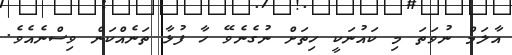
އާލަމް ނުވަތަ މި ކައުނަކީ ހިތަށް ނުގެނެވޭ ހާ ފުޅާ ތަނެއްކަން ވިސްނެއެވެ.